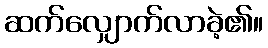
ဆက်လျှောက်လာခဲ့၏။